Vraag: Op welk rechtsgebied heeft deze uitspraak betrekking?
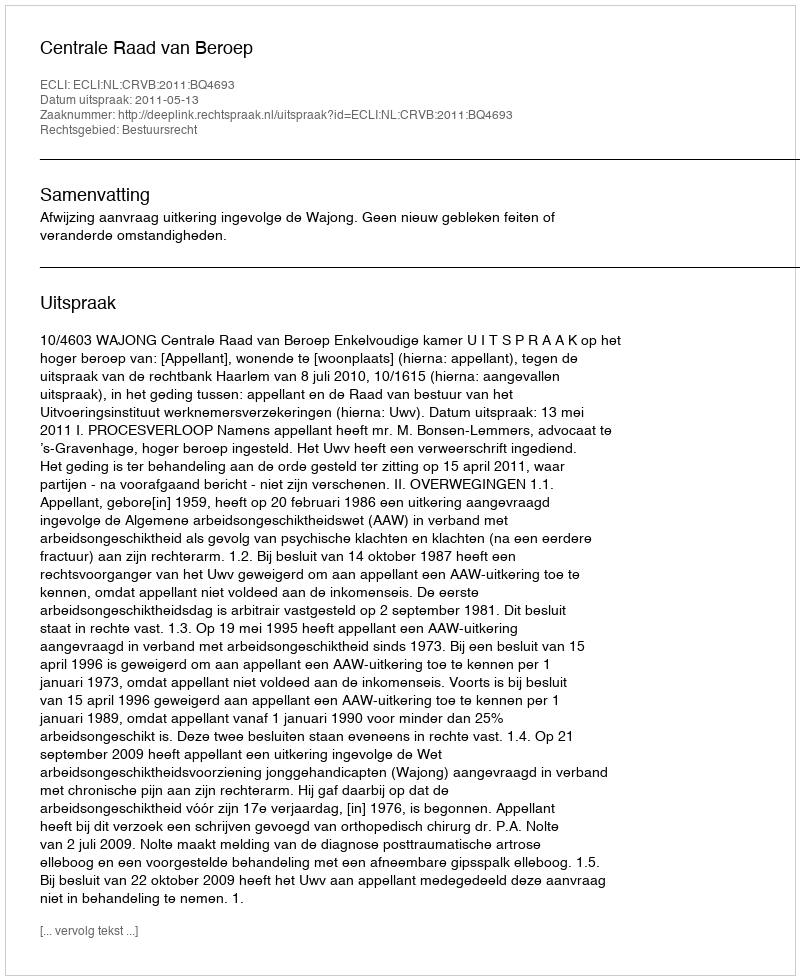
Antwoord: Bestuursrecht